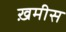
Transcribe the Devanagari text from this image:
ख़मीस